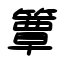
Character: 簟